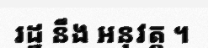
រដ្ឋ នឹង អនុវត្ត ។